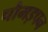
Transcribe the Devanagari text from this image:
चौमड़पन